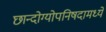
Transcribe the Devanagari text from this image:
छान्दोग्योपनिषदामध्ये